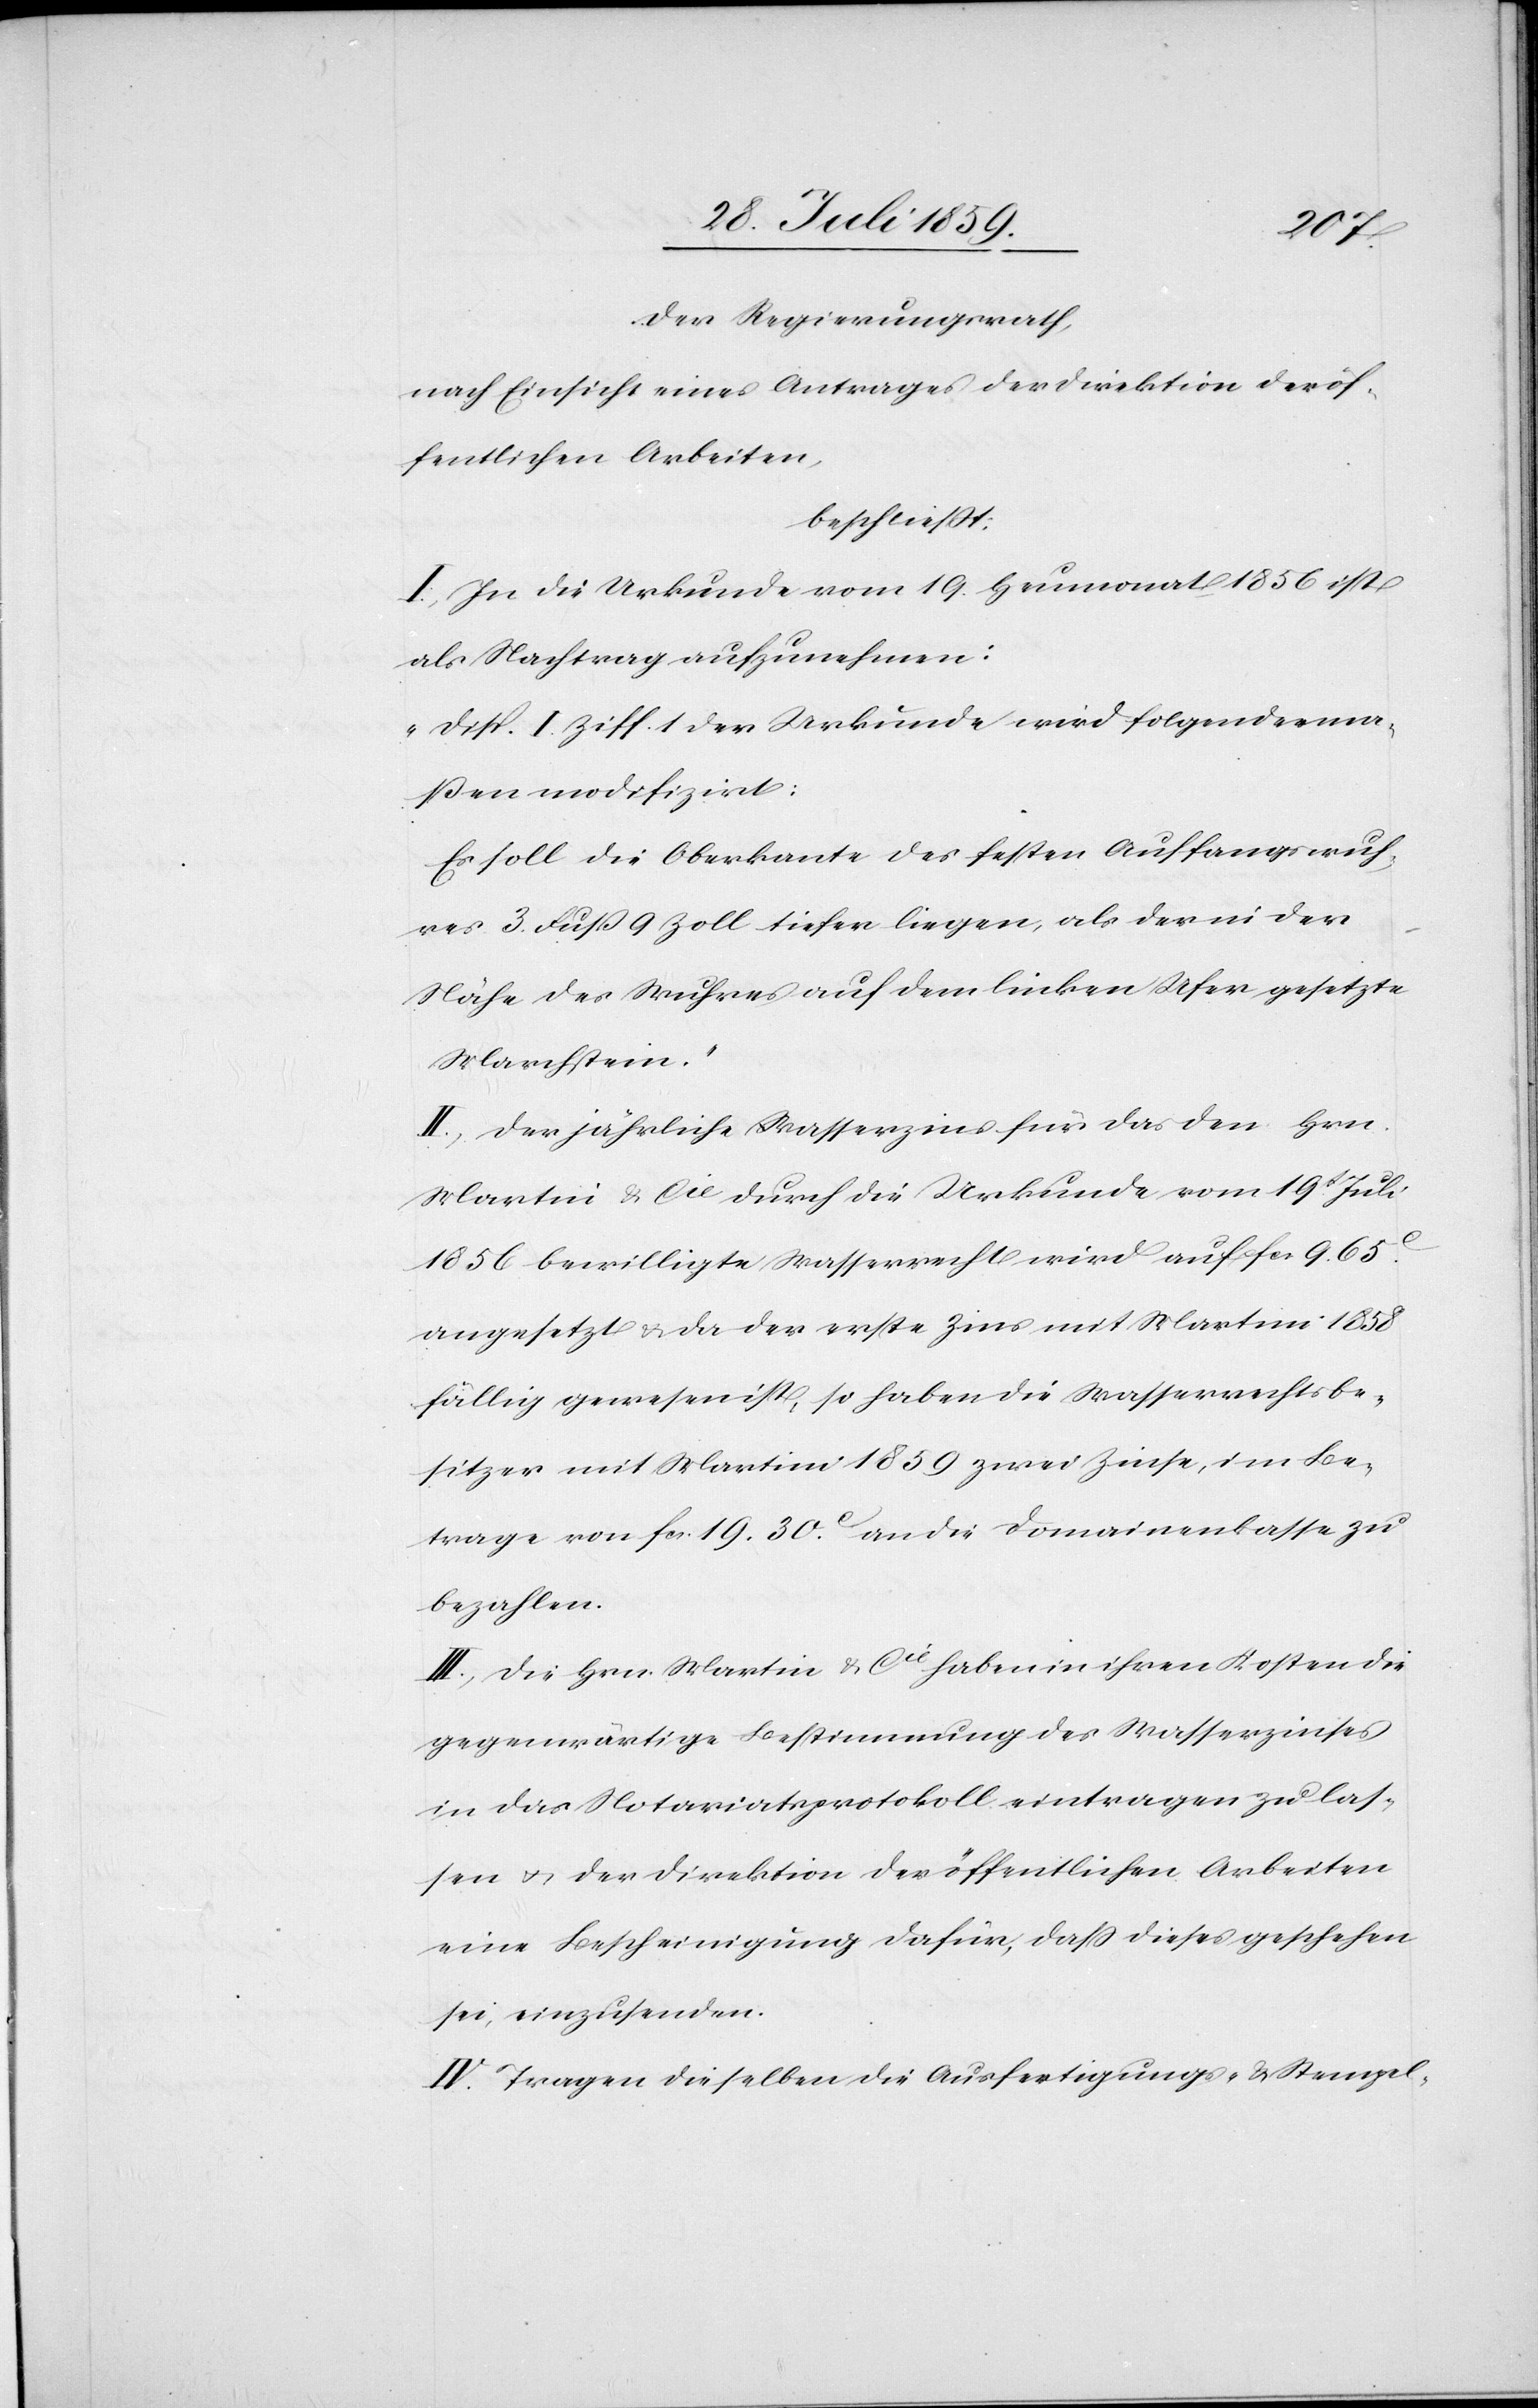
der Regierungsrath,
nach Einsicht eines Antrages der Direktion der öf¬
fentlichen Arbeiten,
beschließt:
I. In die Urkunde vom 19. Heumonat 1856 ist
als Nachtrag aufzunehmen:
„Disp. I. Ziff. 1 der Urkunde wird folgenderma¬
ßen modifizirt:
Es soll die Oberkante des festen Auffangswuh¬
res 3. Fuß 9 Zoll tiefer liegen, als der in der
Nähe des Wuhres auf dem linken Ufer gesetzte
Marchstein.“
II. Der jährliche Wasserzins für das den Hrn.
Martin & Cie. durch die Urkunde vom 19t. Juli
1856 bewilligte Wasserrecht wird auf fcs. 9. 65c.
angesetzt u. da der erste Zins mit Martini 1858
fällig gewesen ist, so haben die Wasserrechtsbe¬
sitzer mit Martini 1859 zwei Zinse, im Be¬
trage von fcs. 19.30c. an die Domainenkasse zu
bezahlen.
III. Die Hrn. Martin & Cie. haben in ihren Kosten die
gegenwärtige Bestimmung des Wasserzinses
in das Notariatsprotokoll eintragen zu las¬
sen u. der Direktion der öffentlichen Arbeiten
eine Bescheinigung dafür, daß dieses geschehen
sei, einzusenden.
IV. Tragen dieselben die Ausfertigungs- u. Stempel-